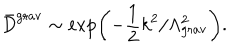
{ \bar { D } } ^ { \mathrm { g r a v } } \sim \exp \biggl ( - \frac { 1 } { 2 } k ^ { 2 } / \Lambda _ { \mathrm { g r a v } } ^ { 2 } \biggr ) .